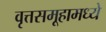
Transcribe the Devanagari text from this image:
वृत्तसमूहामध्ये